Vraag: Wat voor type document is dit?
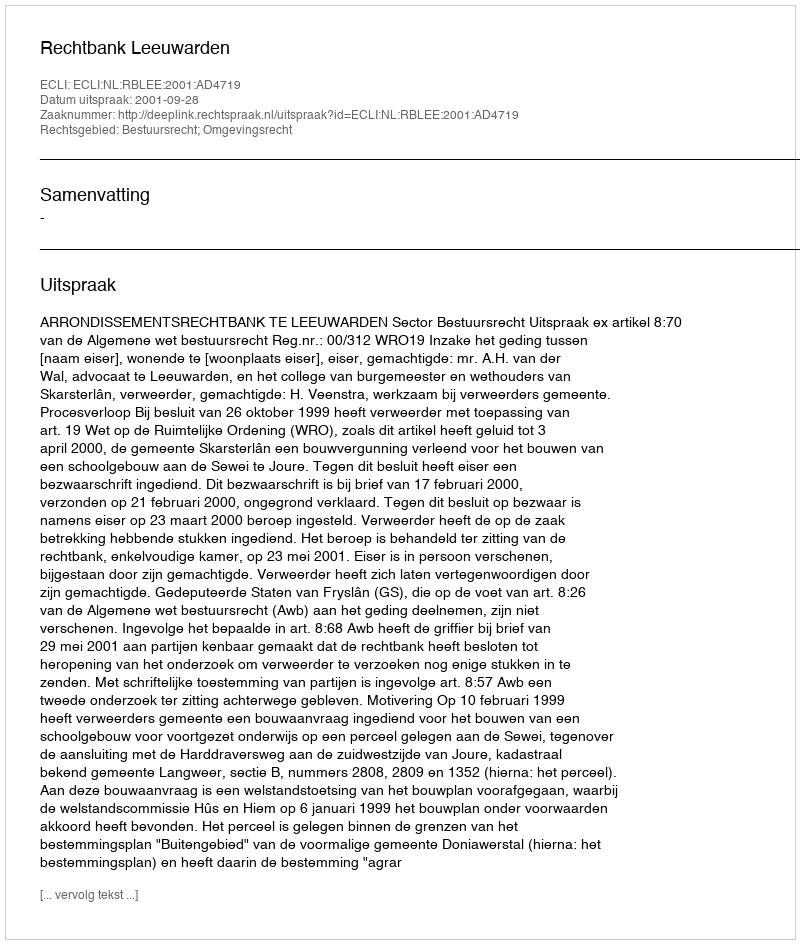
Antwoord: Uitspraak